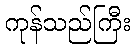
ကုန်သည်ကြီး